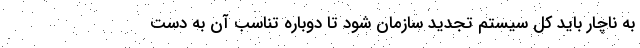
به ناچار بايد كل سيستم تجديد سازمان شود تا دوباره تناسب آن به دست